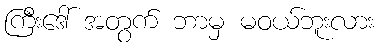
ကြီးဒေါ် အတွက် ဘာမှ မဝယ်ဘူးလား